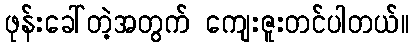
ဖုန်းခေါ်တဲ့အတွက် ကျေးဇူးတင်ပါတယ်။